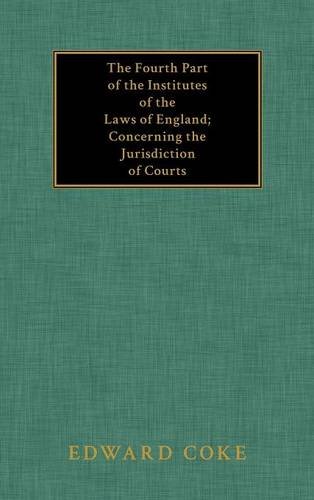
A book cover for The Fourth Part of the Institutes of the Laws of England: Concerning the Jurisdiction of Courts; Edward Coke; Law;